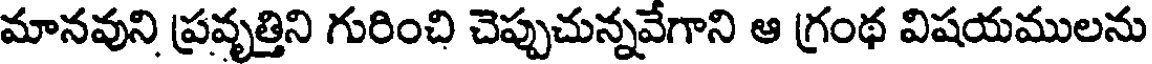
మానవుని ప్రవృత్తిని గురించి చెప్పుచున్నవేగాని ఆ గ్రంథ విషయములను